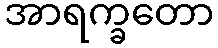
အာရက္ခတော